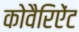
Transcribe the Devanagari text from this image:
कोवैरिऐंट